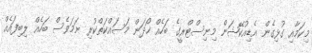
މިކަމާއި ގުޅިގެން އެޑިއުކޭޝަން މިނިސްޓްރީގެ ބަހެއް ހޯދަން މަސައްކަތްކުރި ނަމަވެސް ބަހެއް ލިބިފައެއް